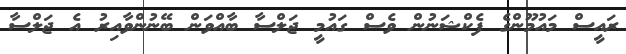
ރައީސް މައުމޫންގެ ފެކްޝަނުން ވެސް ގައުމީ ޖަލްސާ ބާއްވަން ބޭނުންވާއިރު އެ ޖަލްސާ